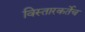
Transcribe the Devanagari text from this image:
विस्तारकर्तेच